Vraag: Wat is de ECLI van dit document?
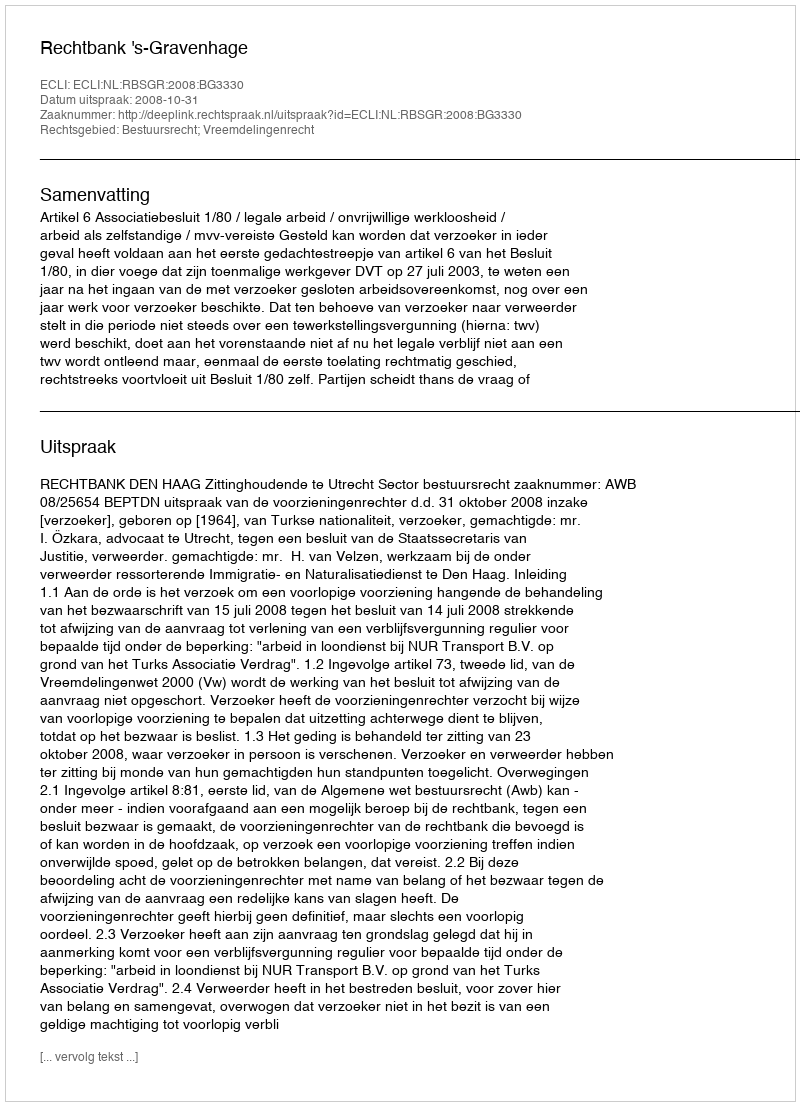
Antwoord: ECLI:NL:RBSGR:2008:BG3330